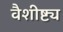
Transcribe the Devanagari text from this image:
वैशीष्ट्य